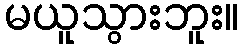
မယူသွားဘူး။